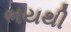
ભયથી